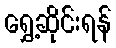
ရွှေ့ဆိုင်းရန်